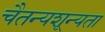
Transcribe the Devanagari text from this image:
चैतन्यशून्यता